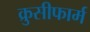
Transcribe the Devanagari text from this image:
क्रुसीफार्म